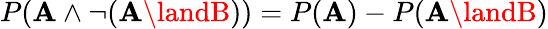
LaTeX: P(\mathbf{A}\land\neg(\mathbf{A}\landB))=P(\mathbf{A})-P(\mathbf{A}\landB)